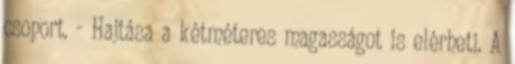
csoport. - Hajtása a kétméteres magasságot is elérheti. A